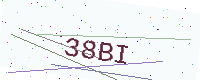
Text: 38BI